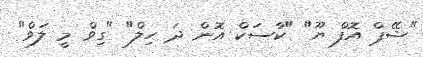
"ޝޭޕް އޮފް ޔޫ" "ކާސަކް އޮން ދަ ހިލް" "ގިވް މީ ލަވް"